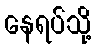
နေရပ်သို့